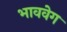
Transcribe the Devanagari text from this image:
भाववेग